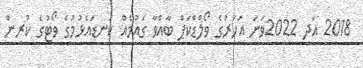
2018 އަދި 2022ވަނަ އަހަރުގެ ވޯލްޑްކަޕް ބާއްވާ ގައުމެއް ކަނޑައެޅުމުގެ ވޯޓުގެ ކުރިން